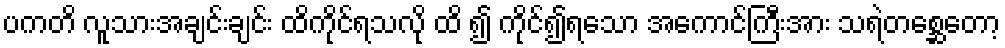
ပကတိ လူသားအချင်းချင်း ထိကိုင်ရသလို ထိ ၍ ကိုင်၍ရသော အကောင်ကြီးအား သရဲတစ္ဆေတော့